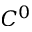
C ^ { 0 }